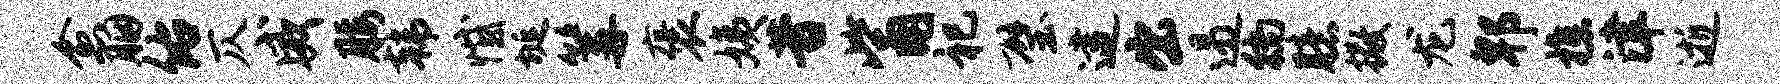
愈胭佑仄威腰韩憾埏篝褒姨昔觜祀璧逮出遏徜臆撒龙郫樵津逝